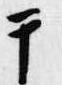
于